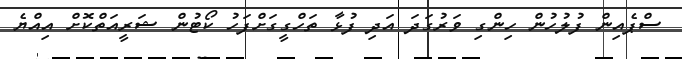
ސްޕެއިން ފުލުހުން ހިންގި ވަރުގަދަ އަދި ފުޅާ ތަހްގީގަށްފަހު ކޯޓުން ޝަރީއަތްކޮށް އިއްޔެ